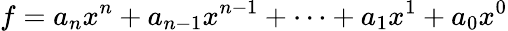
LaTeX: f=a_{n}x^{n}+a_{n-1}x^{n-1}+\cdots+a_{1}x^{1}+a_{0}x^{0}